Report of the King Institute of Preventive Medicine, Guindy
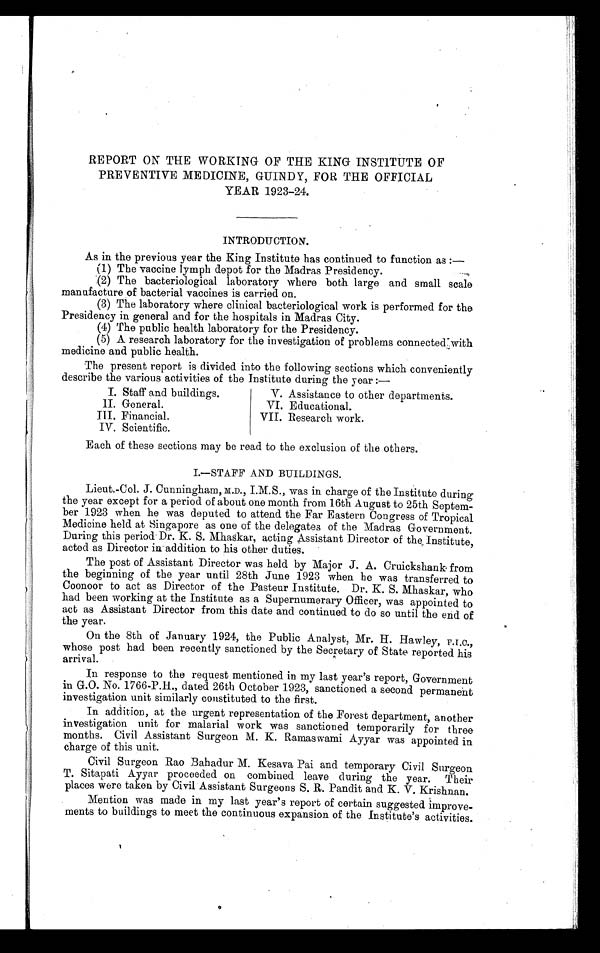
REPORT ON THE WORKING OF THE KING INSTITUTE OF
PREVENTIVE MEDICINE, GUINDY, FOR THE OFFICIAL
YEAR 1923-24.
INTRODUCTION.
As in the previous year the King Institute has continued to function as :—
(1) The vaccine lymph depot for the Madras Presidency.
(2) The bacteriological laboratory where both large and small scale
manufacture of bacterial vaccines is carried on.
(3) The laboratory where clinical bacteriological work is performed for the
Presidency in general and for the hospitals in Madras City.
(4) The public health laboratory for the Presidency.
(5) A research laboratory for the investigation of problems connected with
medicine and public health.
The present report is divided into the following sections which conveniently
describe the various activities of the Institute during the year :—
I. Staff and buildings.
II. General.
III. Financial.
IV. Scientific.
V. Assistance to other departments.
VI. Educational.
VII. Research work.
Each of these sections may be read to the exclusion of the others.
I.—STAFF AND BUILDINGS.
Lieut.-Col. J. Cunningham, M.D., I.M.S., was in charge of the Institute during
the year except for a period of about one month from 16th August to 25th Septem
-ber 1923 when he was deputed to attend the Far Eastern Congress of Tropical
Medicine held at Sinapore as one of the delegates of the Madras Government.
During this period Dr. K. S. Mhaskar, acting Assistant Director of the Institute,
acted as Director in addition to his other duties.
The post of Assistant Director was held by Major J. A. Cruickshank from
the beginning of the year until 28th June 1923 when he was transferred to
Coonoor to act as Director of the Pasteur Institute. Dr. K. S. Mhaskar, who
had been working at the Institute as a Supernumerary Officer, was appointed to
act as Assistant Director from this date and continued to do so until the end of
the year.
On the 8th of January 1924, the Public Analyst, Mr. H. Hawley, F.I.C.,
whose post had been recently sanctioned by the Secretary of State reported his
arrival.
In response to the request mentioned in my last year's report, Government
in G.O. No. 1766-P.H., dated 26th October 1923, sanctioned a second permanent
investigation unit similarly constituted to the first.
In addition, at the urgent representation of the Forest department, another
investigation unit for malarial work was sanctioned temporarily for three
months. Civil Assistant Surgeon M. K. Ramaswami Ayyar was appointed in
charge of this unit.
Civil Surgeon Rao Bahadur M. Kesava Pai and temporary Civil Surgeon
T. Sitapati Ayyar proceeded on combined leave during the year. Their
places were taken by Civil Assistant Surgeons S. R. Pandit and K. V. Krishnan.
Mention was made in my last year's report of certain suggested improve
- m e n t s t o b u i l d i n g s t o m e e t t h e c o n t i n u o u s e x p a n s i o n o f t h e I n s t i t u t e ' s a c t i v i t i e s .